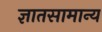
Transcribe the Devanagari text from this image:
ज्ञातसामान्य